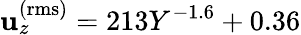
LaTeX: \mathbf{u}_{z}^{\mathrm{{(rms)}}}=213Y^{-1.6}+0.36